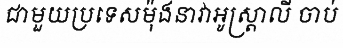
ជាមួយប្រទេសម៉ុងនាវាអូស្ត្រាលី ចាប់